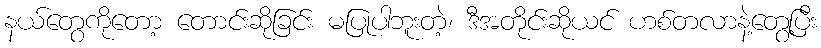
နယ်တွေကိုတော့ တောင်းဆိုခြင်း မပြုပါဘူးတဲ့၊ ဒီအတိုင်းဆိုယင် ဟစ်တလာနဲ့တွေ့ပြီး